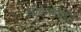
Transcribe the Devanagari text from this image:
श्लोकरूपात